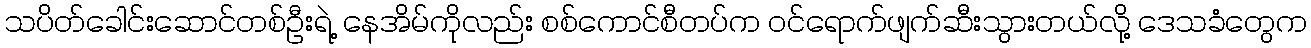
သပိတ်ခေါင်းဆောင်တစ်ဦးရဲ့ နေအိမ်ကိုလည်း စစ်ကောင်စီတပ်က ဝင်ရောက်ဖျက်ဆီးသွားတယ်လို့ ဒေသခံတွေက